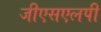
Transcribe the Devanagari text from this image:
जीएसएलपी